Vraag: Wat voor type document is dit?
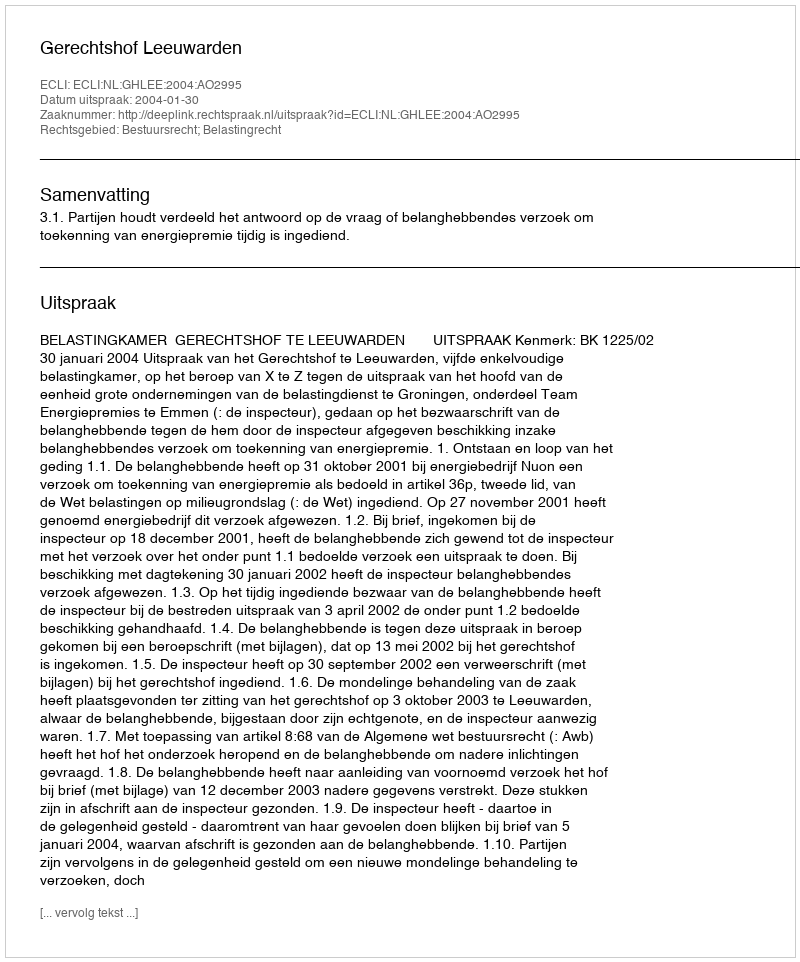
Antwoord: Uitspraak